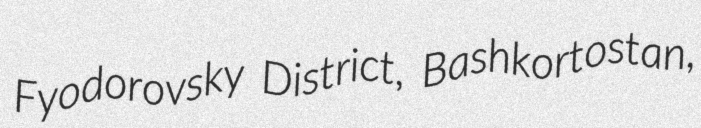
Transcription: Fyodorovsky District, Bashkortostan,